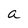
Character: a